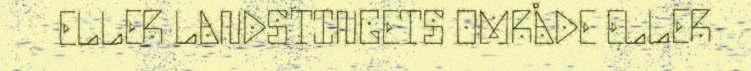
ELLER LANDSTINGETS OMRÅDE ELLER